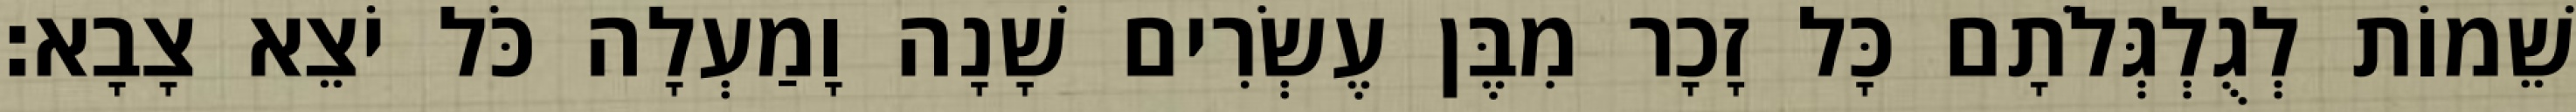
שֵׁמוֹת לְגֻלְגְּלֹתָם כָּל זָכָר מִבֶּן עֶשְׂרִים שָׁנָה וָמַעְלָה כֹּל יֹצֵא צָבָא׃